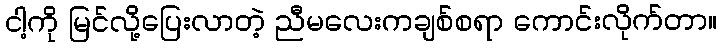
ငါ့ကို မြင်လို့ပြေးလာတဲ့ ညီမလေးကချစ်စရာ ကောင်းလိုက်တာ။